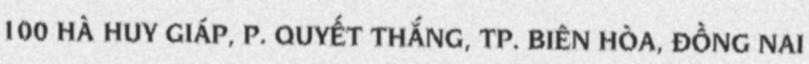
100 HÀ HUY GIÁP, P. QUYẾT THẮNG, TP. BIÊN HÒA, ĐỒNG NAI